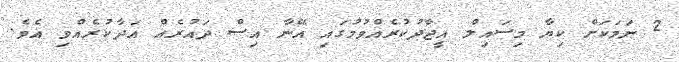
2 ނަމަކަށް ކިޔާ މިސައިލް އީޖާދުކުރެއްވުމުގައި އޭނާ އިސް ދައުރެއް އަދާކުރެއްވި އެވެ.